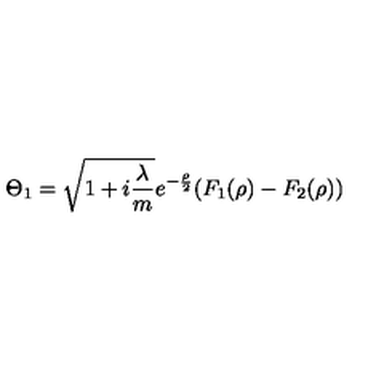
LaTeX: \Theta _ { 1 } = \sqrt { 1 + i \frac \lambda m } e ^ { - \frac \rho 2 } ( F _ { 1 } ( \rho ) - F _ { 2 } ( \rho ) )